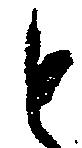
と